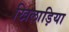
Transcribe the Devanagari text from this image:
खिलाड़िया